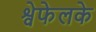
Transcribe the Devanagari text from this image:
श्वेफेलके